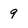
Character: 9